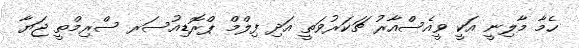
ހެމާ މާލިނީ އަކީ ވީއެސްއާރު ޗަކަރުވަތީ އަދި ފިލްމް ޕްރޮޑިއުސަރ ސްރިމްތީ ޖަޔާ